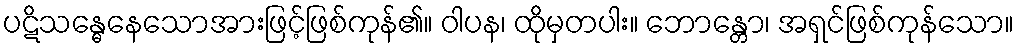
ပဋိသန္ဓေနေသောအားဖြင့်ဖြစ်ကုန်၏။ ဝါပန၊ ထိုမှတပါး။ ဘောန္တော၊ အရှင်ဖြစ်ကုန်သော။